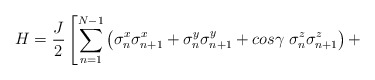
\begin{align*}H = \frac{J}{2} \left[\sum^{N-1}_{n=1}\left(\sigma_n^x\sigma^x_{n+1}+ \sigma_n^y\sigma_{n+1}^y + cos \gamma \;\sigma_n^z\sigma_{n+1}^z\right) + \right.\end{align*}